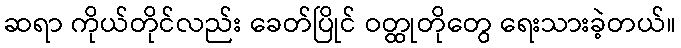
ဆရာ ကိုယ်တိုင်လည်း ခေတ်ပြိုင် ဝတ္ထုတိုတွေ ရေးသားခဲ့တယ်။